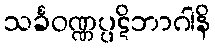
သင်္ခဝဏ္ဏပ္ပဋိဘာဂါနိ